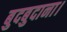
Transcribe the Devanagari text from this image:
बुदबुदाना।